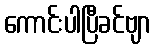
ကောင်းပါပြီခင်ဗျာ